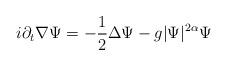
LaTeX: \begin{align*}i\partial _t\nabla\Psi =-\frac 12\Delta \Psi -g|\Psi |^{2\alpha }\Psi\end{align*}